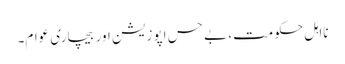
نااہل حکومت، بے حس اپوزیشن اور بیچاری عوام۔